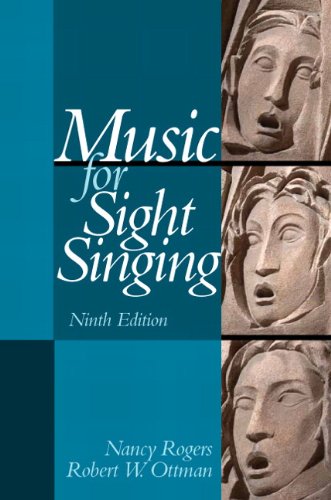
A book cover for Music for Sight Singing (9th Edition); Nancy Rogers; Arts & Photography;